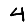
Digit: 4